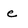
Character: e